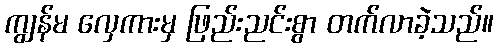
ကျွန်မ လှေကားမှ ဖြည်းညင်းစွာ တက်လာခဲ့သည်။